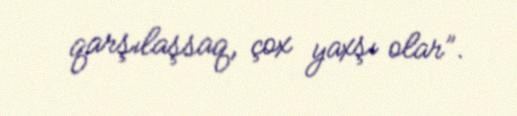
qarşılaşsaq, çox yaxşı olar”.